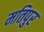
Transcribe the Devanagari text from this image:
मतिपुर